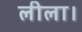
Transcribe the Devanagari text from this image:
लीला।